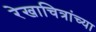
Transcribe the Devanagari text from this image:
रेखाचित्रांच्या